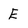
Character: E